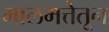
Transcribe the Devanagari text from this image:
मालमत्तेतून